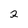
Character: 2